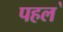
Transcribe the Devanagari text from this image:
पहल॓